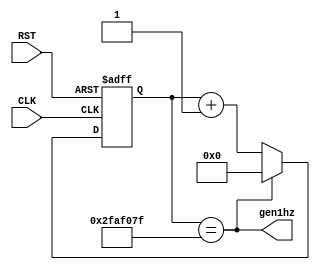
// Count 1 sec to generate 1Hz.

module cnt1sec(
    input CLK, RST,
    output gen1hz
);

// The main clock frequency of DE0 is 50MHz.
reg [25:0] cnt50mhz;

always @(posedge CLK or posedge RST) begin
    if(RST)
        cnt50mhz <= 26'd0;
    else if(gen1hz)
        cnt50mhz <= 26'd0;
    else
        cnt50mhz <= cnt50mhz + 1'b1;
end

assign gen1hz = (cnt50mhz==26'd49_999_999);

endmodule